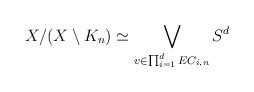
LaTeX: \begin{align*}X/ (X\setminus K_n) \simeq \bigvee_{v\in \prod_{i=1}^d EC_{i,n}} S^d\end{align*}